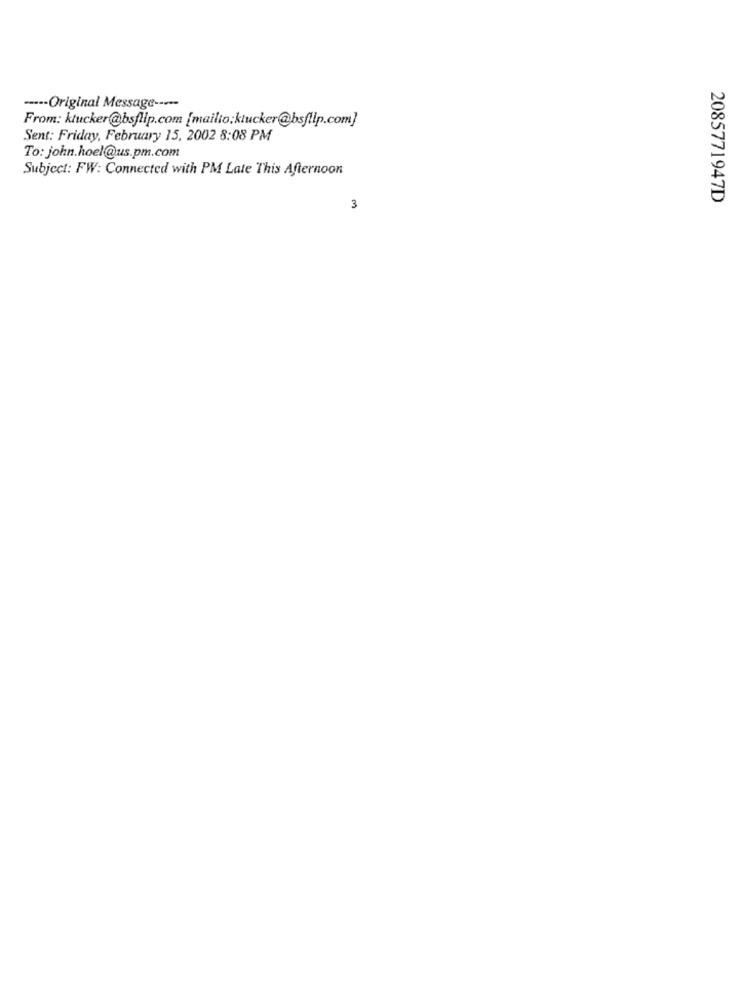
----- Original Message -----
From: ktucker@bsflip.com [mailto;ktucker@bsflip.com]
Sent: Friday, February 15, 2002 8:08 PM
To: john.hoel@us.pm.com
Subject: FW: Connected with PM Late This Afternoon
2085771947D
3